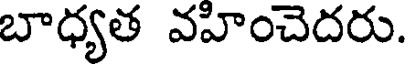
బాధ్యత వహించెదరు.